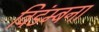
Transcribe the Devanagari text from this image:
विडंम्बना